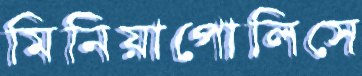
মিনিয়াপোলিসে